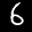
Label: 6